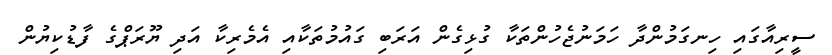
ސީރިއާގައި ހިނގަމުންދާ ހަމަނުޖެހުންތަކާ ގުޅިގެން އަރަބި ގައުމުތަކާއި އެމެރިކާ އަދި ޔޫރަޕްގެ ފާޑުކިޔުން